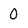
Character: 0